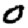
Digit: 0